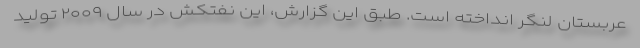
عربستان لنگر انداخته است. طبق این گزارش، این نفتکش در سال ۲۰۰۹ تولید